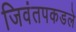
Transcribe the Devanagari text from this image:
जिवंतपकडले